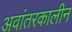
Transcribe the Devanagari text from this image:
अवांतरकालीन